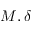
M , \delta